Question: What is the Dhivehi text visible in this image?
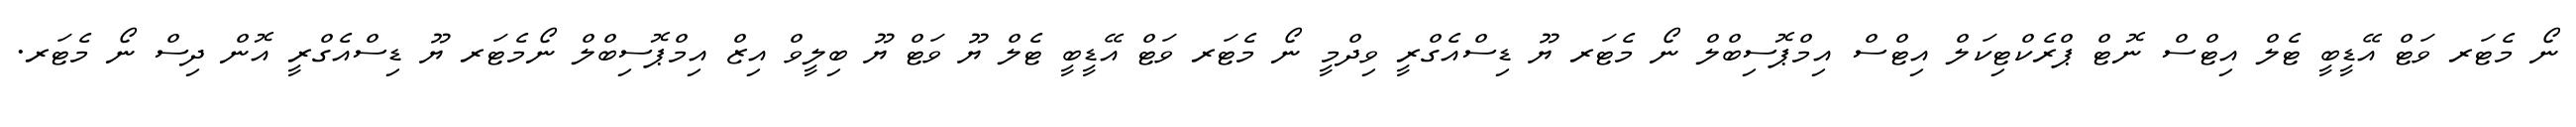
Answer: ނޯ މެޓަރ ވަޓް އޭޑީބީ ޓެލް އިޓްސް ނޮޓް ޕްރެކްޓިކަލް އިޓްސް އިމްޕޮސިބްލް ނޯ މެޓަރ ޔޫ ޑިސްއެގްރީ ވިދްމީ ނޯ މެޓަރ ވަޓް އޭޑީބީ ޓެލް ޔޫ ވަޓް ޔޫ ބިލީވް އިޒް އިމްޕޮސިބްލް ނޯމެޓަރ ޔޫ ޑިސްއެގްރީ އޮން ދިސް ނޯ މެޓަރ.